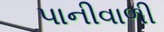
પાનીવાળી